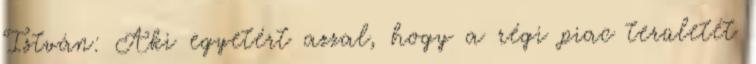
István: Aki egyetért azzal, hogy a régi piac területét